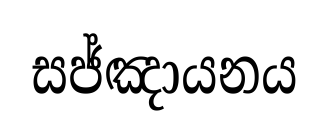
සජ්ඤායනය